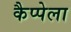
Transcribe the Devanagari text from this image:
कैप्पेला